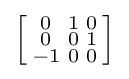
\left[{\begin{smallmatrix}0&1&0\\0&0&1\\-1&0&0\\\end{smallmatrix}}\right]